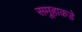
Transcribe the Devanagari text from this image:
समूहाकडे